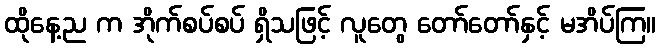
ထိုနေ့ည က အိုက်စပ်စပ် ရှိသဖြင့် လူတွေ တော်တော်နှင့် မအိပ်ကြ။